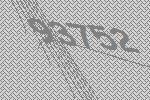
93752